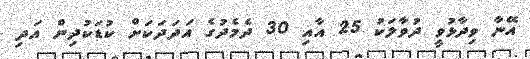
އޭނާ ވިދާޅުވީ ދުވާލަކު 25 އާއި 30 ދެމެދުގެ އަދަދަކަށް ކުޑަކުދިން އަދި